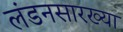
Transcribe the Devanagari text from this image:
लंडनसारख्या